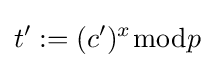
t':=(c')^{x}{\bmod {p}}